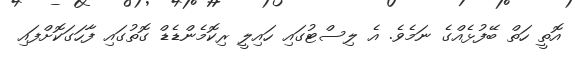
އޮތީ ހަތް ބޭފުޅެއްގެ ނަމެވެ. އެ ލިސްޓުގައި ހައިލީ ރިކޮމެންޑެޑް ގޮތުގައި ފާހަގަކޮށްފައި